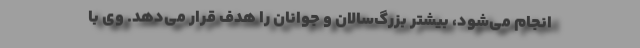
انجام می‌شود، بیشتر بزرگ‌سالان و جوانان را هدف قرار می‌دهد. وی با